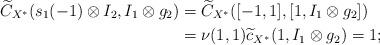
LaTeX: \begin{align*}\widetilde{C}_{X^{\ast}}( s_1(-1)\otimes I_2, I_{1} \otimes g_2)&=\widetilde{C}_{X^{\ast}}([-1,1], [1, I_{1} \otimes g_2])\\&=\nu(1, 1)\widetilde{c}_{X^{\ast}}(1 , I_{1} \otimes g_2)=1;\end{align*}